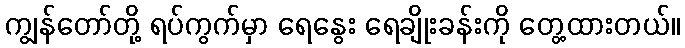
ကျွန်တော်တို့ ရပ်ကွက်မှာ ရေနွေး ရေချိုးခန်းကို တွေ့ထားတယ်။